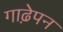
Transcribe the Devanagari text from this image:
गाढे़पन